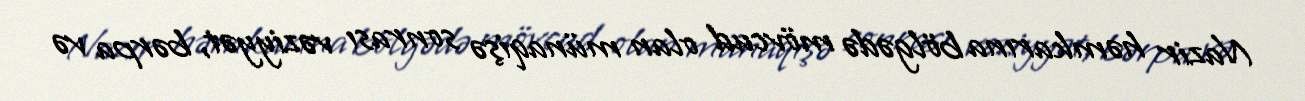
Nazir həmkarına bölgədə mövcud olan münaqişə sonrası vəziyyət, bərpa və